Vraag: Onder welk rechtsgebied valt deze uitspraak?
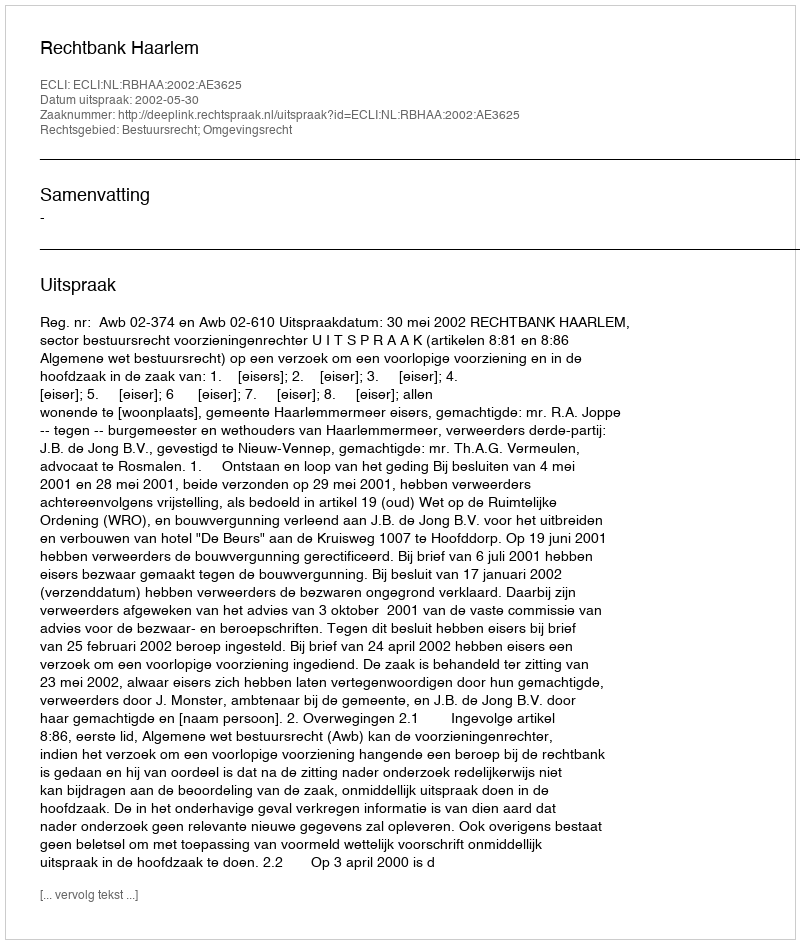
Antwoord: Bestuursrecht; Omgevingsrecht